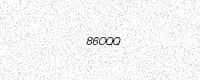
Text: 86OQQ